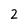
Character: 2